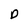
Character: D